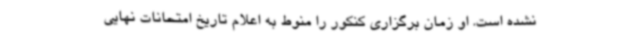
نشده است. او زمان برگزاری کنکور را منوط به اعلام تاریخ امتحانات نهایی